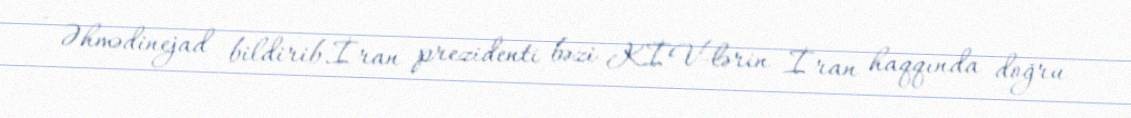
- Əhmədinejad bildirib.İran prezidenti bəzi KİV-lərin İran haqqında doğru